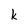
Character: k